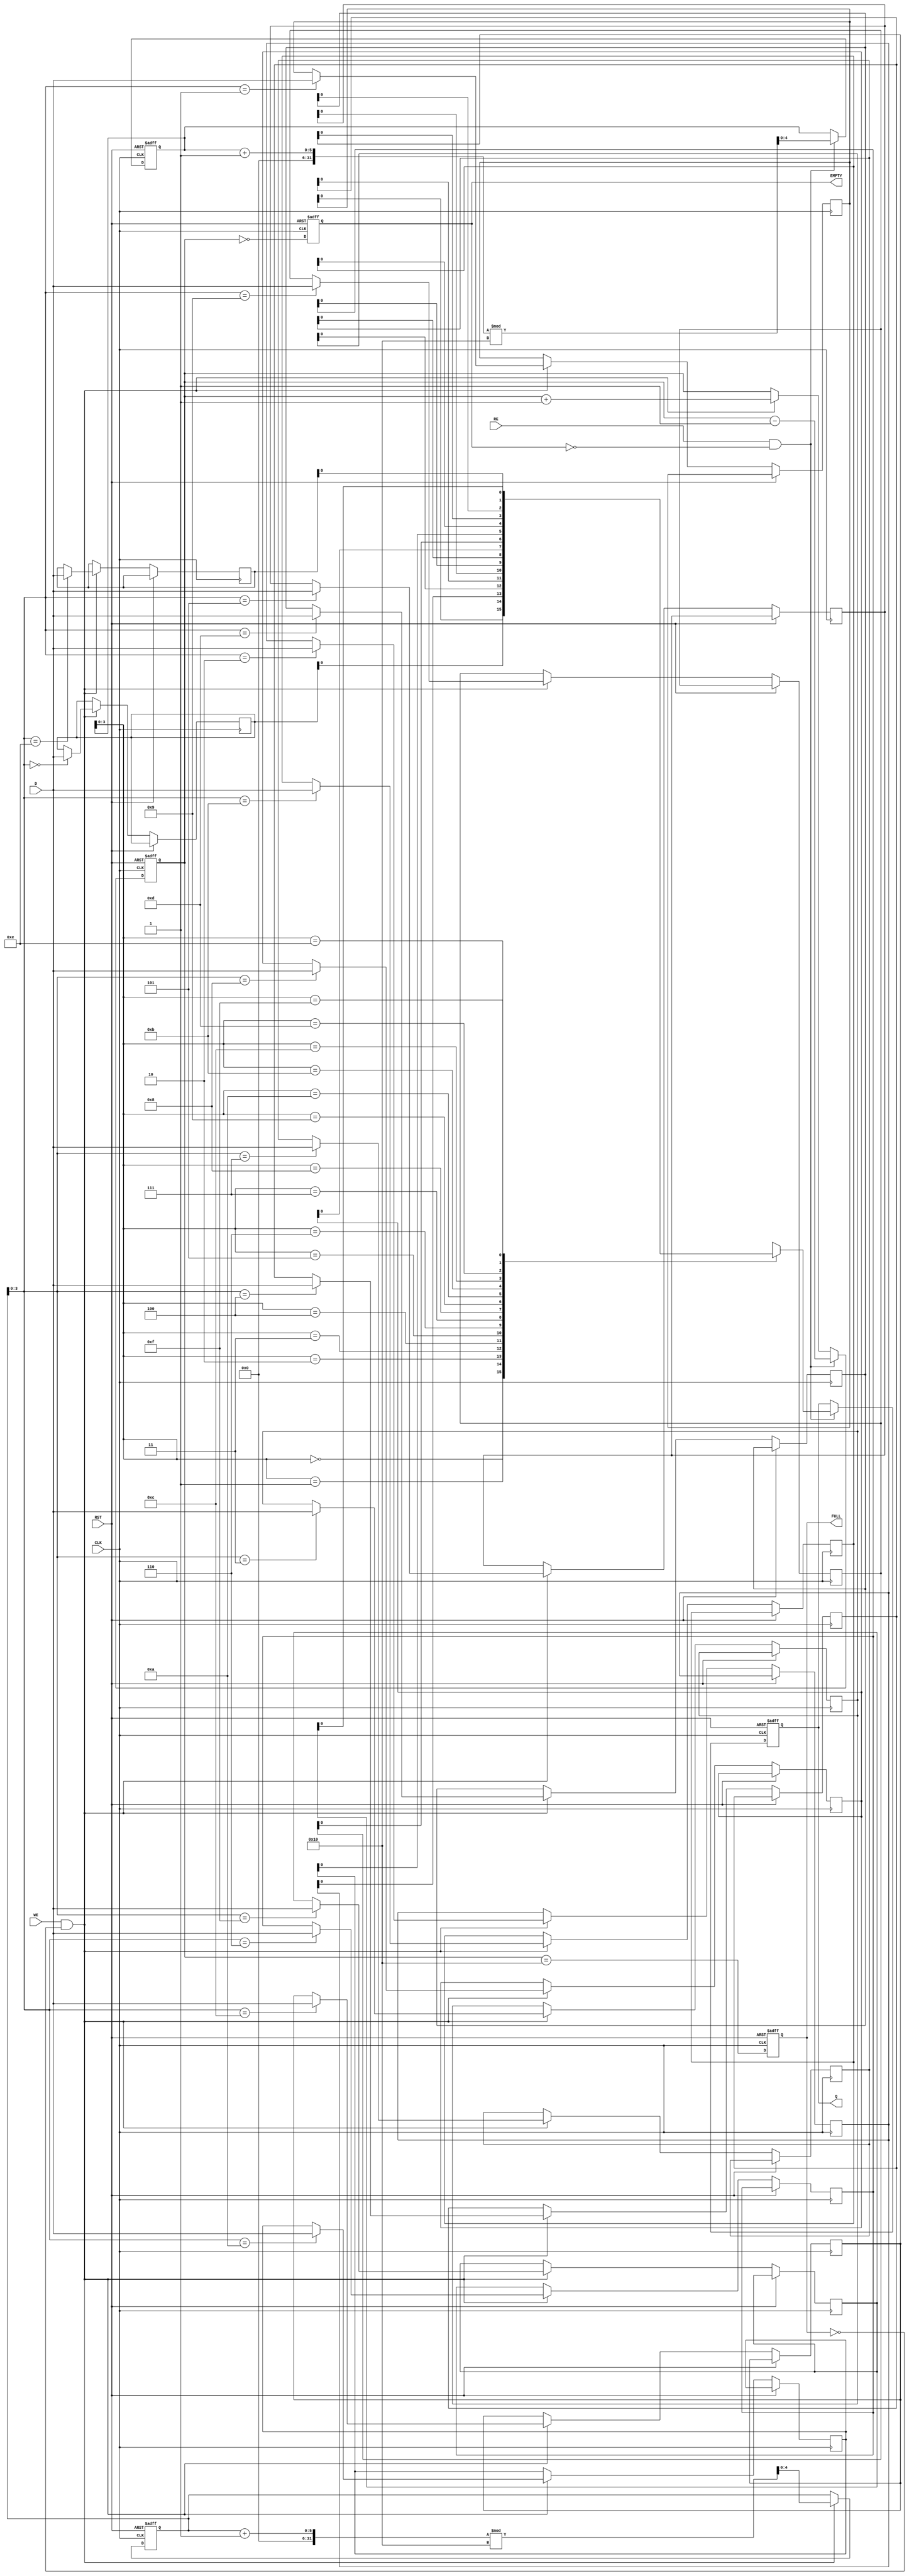
module FIFO_PISO #(
    parameter DATA_WIDTH = 8, // Width of the parallel input data bus
    parameter FIFO_DEPTH = 16  // Depth of the FIFO
)(
    input wire [DATA_WIDTH-1:0] D, // Parallel data input
    input wire WE,                  // Write Enable
    input wire RE,                  // Read Enable
    input wire CLK,                 // Clock
    input wire RST,                 // Reset
    output reg Q,                   // Serial Output
    output reg FULL,                // Full Flag
    output reg EMPTY                // Empty Flag
);

    // Internal storage for the FIFO
    reg [DATA_WIDTH-1:0] fifo_mem [0:FIFO_DEPTH-1];
    reg [4:0] write_ptr; // 5-bit pointer for write (max: 16)
    reg [4:0] read_ptr;  // 5-bit pointer for read (max: 16)
    reg [4:0] count;     // Number of elements in the FIFO

    // Asynchronous reset and initialization
    always @(posedge CLK or posedge RST) begin
        if (RST) begin
            write_ptr <= 0;
            read_ptr <= 0;
            count <= 0;
            FULL <= 0;
            EMPTY <= 1;
            Q <= 0;
        end else begin
            // Write operation
            if (WE && !FULL) begin
                fifo_mem[write_ptr] <= D; // Store data in FIFO
                write_ptr <= (write_ptr + 1) % FIFO_DEPTH; // Circular increment
                count <= count + 1;
            end
            
            // Read operation
            if (RE && !EMPTY) begin
                Q <= fifo_mem[read_ptr]; // Output data serially
                read_ptr <= (read_ptr + 1) % FIFO_DEPTH; // Circular increment
                count <= count - 1;
            end

            // Update FULL and EMPTY flags
            FULL <= (count == FIFO_DEPTH);
            EMPTY <= (count == 0);
        end
    end

endmodule